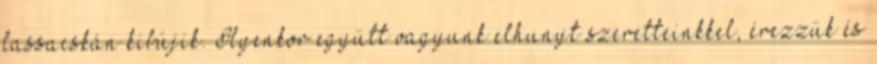
lassacskán kibújik. Ilyenkor együtt vagyunk elhunyt szeretteinkkel, érezzük és